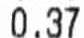
0.37